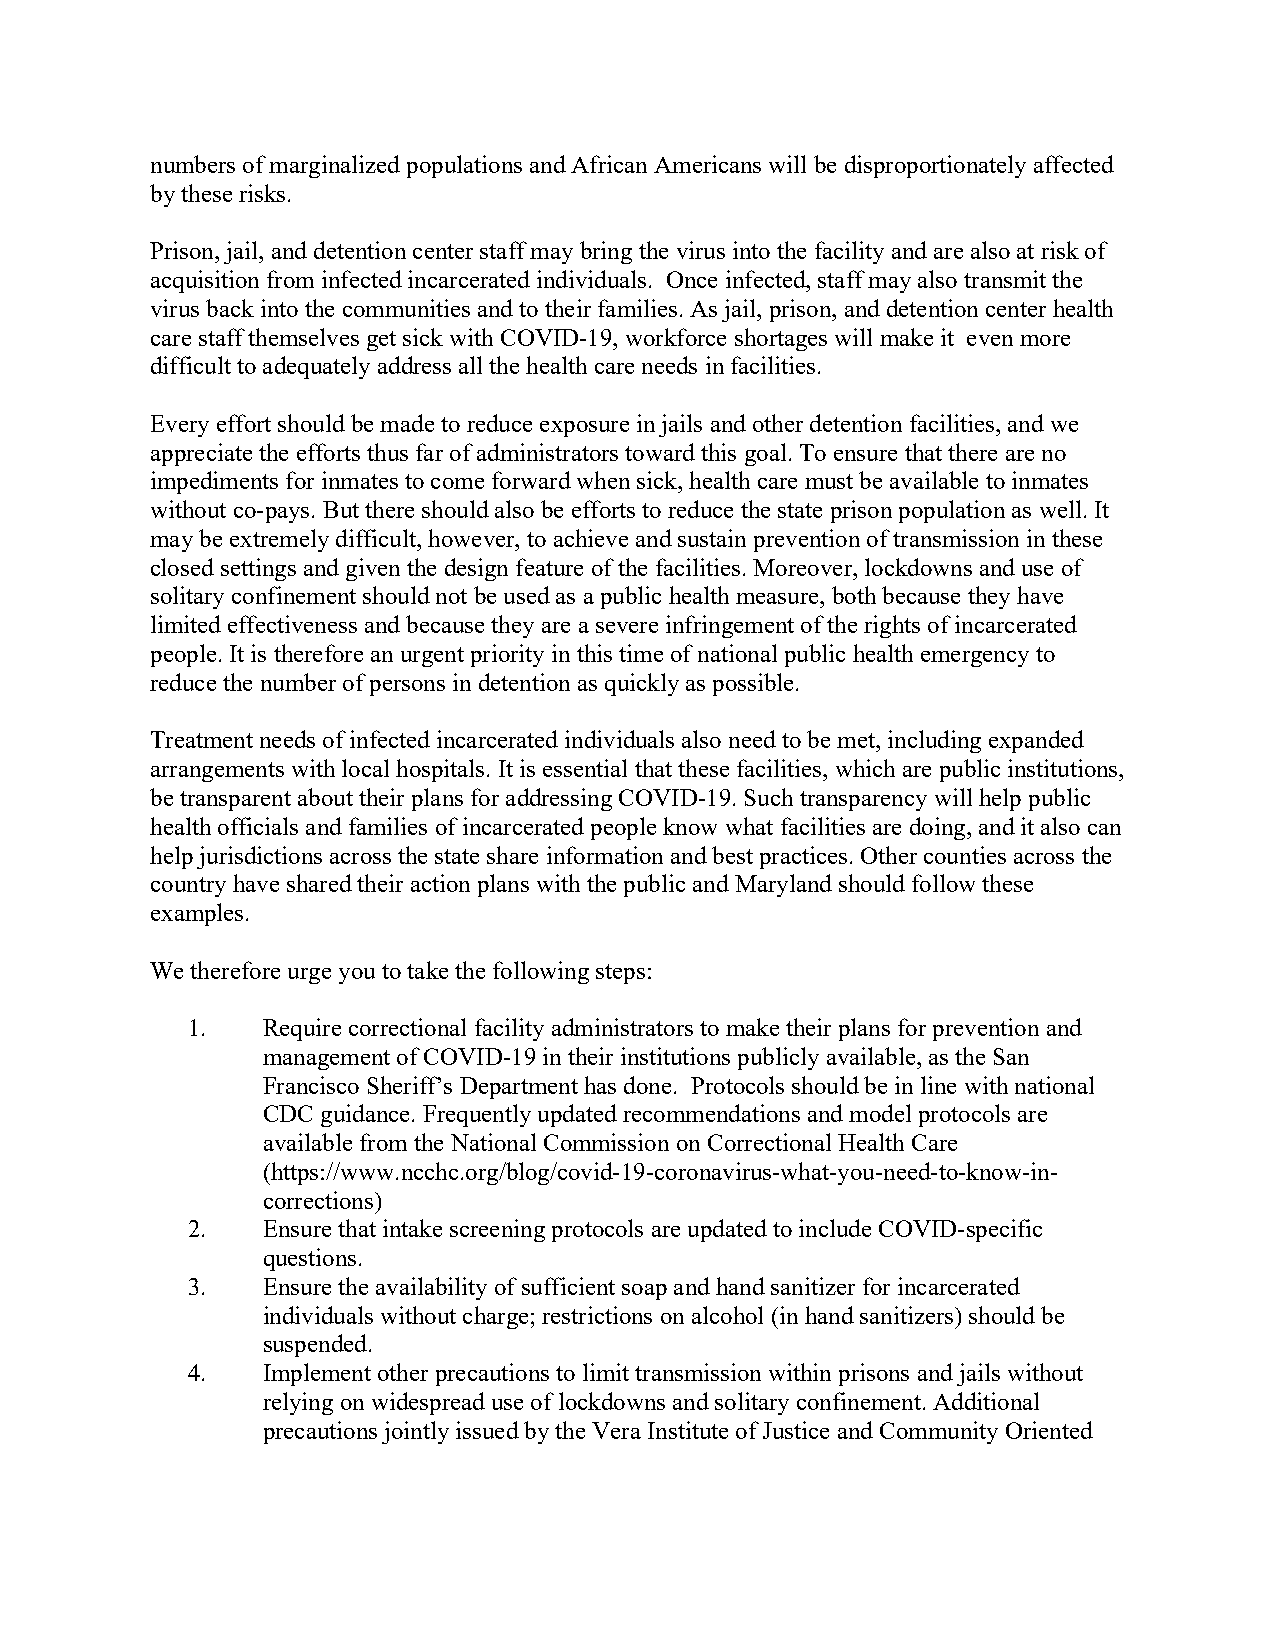
numbers of marginalized populations and African Americans will be disproportionately affected
 by these risks.
 Prison, jail, and detention center staff may bring the virus into the facility and are also at risk of
 acquisition from infected incarcerated individuals. Once infected, staff may also transmit the
 virus back into the communities and to their families. As jail, prison, and detention center health
 care staff themselves get sick with COVID-19, workforce shortages will make it even more
 difficult to adequately address all the health care needs in facilities.
 Every effort should be made to reduce exposure in jails and other detention facilities, and we
 appreciate the efforts thus far of administrators toward this goal. To ensure that there are no
 impediments for inmates to come forward when sick, health care must be available to inmates
 without co-pays. But there should also be efforts to reduce the state prison population as well. It
 may be extremely difficult, however, to achieve and sustain prevention of transmission in these
 closed settings and given the design feature of the facilities. Moreover, lockdowns and use of
 solitary confinement should not be used as a public health measure, both because they have
 limited effectiveness and because they are a severe infringement of the rights of incarcerated
 people. It is therefore an urgent priority in this time of national public health emergency to
 reduce the number of persons in detention as quickly as possible.
 Treatment needs of infected incarcerated individuals also need to be met, including expanded
 arrangements with local hospitals. It is essential that these facilities, which are public institutions,
 be transparent about their plans for addressing COVID-19. Such transparency will help public
 health officials and families of incarcerated people know what facilities are doing, and it also can
 help jurisdictions across the state share information and best practices. Other counties across the
 country have shared their action plans with the public and Maryland should follow these
 examples.
 We therefore urge you to take the following steps:
 1.   Require correctional facility administrators to make their plans for prevention and
 management of COVID-19 in their institutions publicly available, as the San
 Francisco Sheriff’s Department has done. Protocols should be in line with national
 CDC guidance. Frequently updated recommendations and model protocols are
 available from the National Commission on Correctional Health Care
 (https://www.ncchc.org/blog/covid-19-coronavirus-what-you-need-to-know-in-
 corrections)
 2.   Ensure that intake screening protocols are updated to include COVID-specific
 questions.
 3.   Ensure the availability of sufficient soap and hand sanitizer for incarcerated
 individuals without charge; restrictions on alcohol (in hand sanitizers) should be
 suspended.
 4.   Implement other precautions to limit transmission within prisons and jails without
 relying on widespread use of lockdowns and solitary confinement. Additional
 precautions jointly issued by the Vera Institute of Justice and Community Oriented